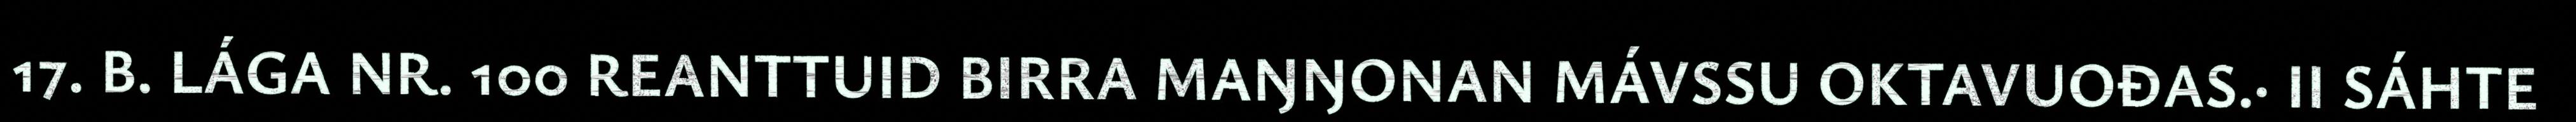
17. B. LÁGA NR. 100 REANTTUID BIRRA MAŊŊONAN MÁVSSU OKTAVUOĐAS.· II SÁHTE